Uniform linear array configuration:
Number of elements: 12
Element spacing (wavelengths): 1
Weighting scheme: exponential
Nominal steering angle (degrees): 45
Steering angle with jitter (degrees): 45.754
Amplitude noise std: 0.05
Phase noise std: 0.05

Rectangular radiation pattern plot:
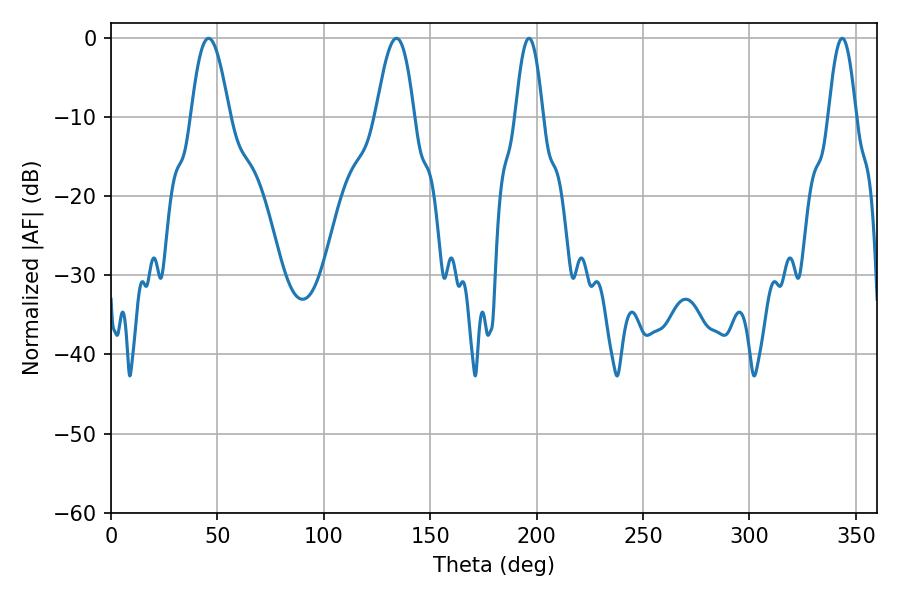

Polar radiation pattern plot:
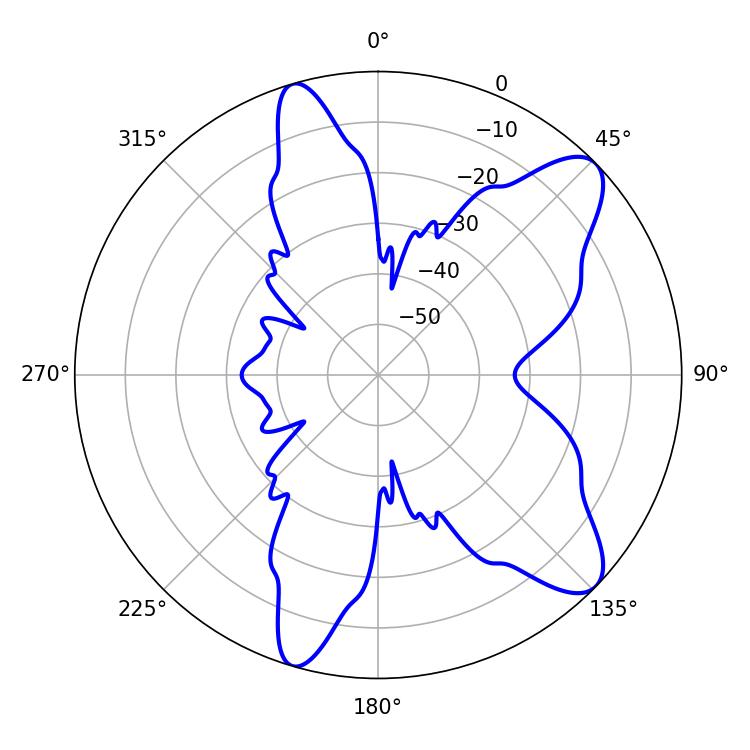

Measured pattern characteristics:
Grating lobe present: TRUE
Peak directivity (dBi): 9.854
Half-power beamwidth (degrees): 7.02
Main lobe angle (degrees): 196.38